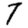
Digit: 7